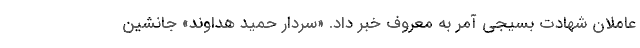
عاملان شهادت بسیجی آمر به معروف خبر داد. «سردار حمید هداوند» جانشین